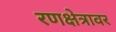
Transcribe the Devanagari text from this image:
रणक्षेत्रावर